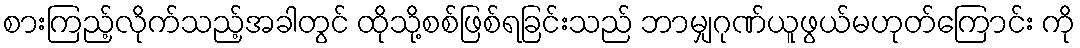
စားကြည့်လိုက်သည့်အခါတွင် ထိုသို့စစ်ဖြစ်ရခြင်းသည် ဘာမျှဂုဏ်ယူဖွယ်မဟုတ်ကြောင်း ကို